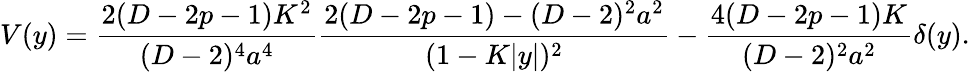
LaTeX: V(y)={\frac{2(D-2p-1)K^{2}}{(D-2)^{4}a^{4}}}{\frac{2(D-2p-1)-(D-2)^{2}a^{2}}{(1-K|y|)^{2}}}-{\frac{4(D-2p-1)K}{(D-2)^{2}a^{2}}}\delta(y).